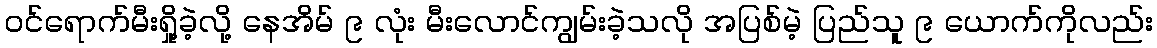
ဝင်ရောက်မီးရှို့ခဲ့လို့ နေအိမ် ၉ လုံး မီးလောင်ကျွမ်းခဲ့သလို အပြစ်မဲ့ ပြည်သူ ၉ ယောက်ကိုလည်း